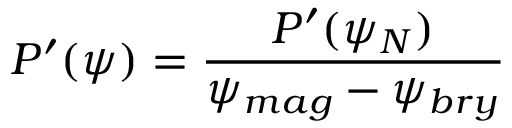
P ^ { \prime } ( \psi ) = \frac { P ^ { \prime } ( \psi _ { N } ) } { \psi _ { m a g } - \psi _ { b r y } }